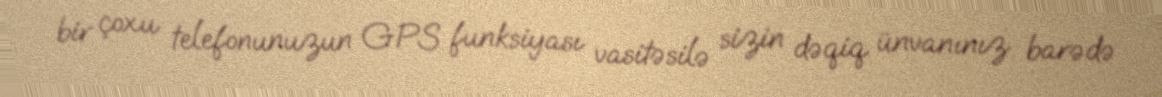
bir çoxu telefonunuzun GPS funksiyası vasitəsilə sizin dəqiq ünvanınız barədə